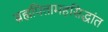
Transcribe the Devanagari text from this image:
ब्रह्मपितामहसिद्धांत